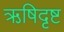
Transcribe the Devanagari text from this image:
ऋषिदृष्ट